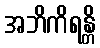
အဘိကိရန္တိ